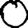
Digit: 0